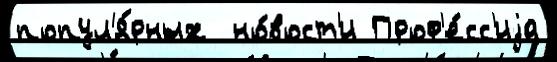
попул'я́рных  но́вост'и Проф'е́сс'иjа